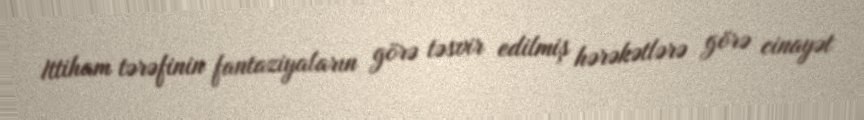
Ittiham tərəfinin fantaziyaların görə təsvir edilmiş hərəkətlərə görə cinayət